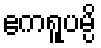
ဧကရူပမ္ပိ